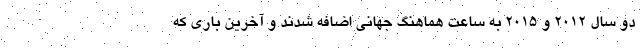
دو سال ۲۰۱۲ و ۲۰۱۵ به ساعت هماهنگ جهانی اضافه شدند و آخرین باری که